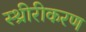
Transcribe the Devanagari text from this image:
स्थ्रीरीकरण